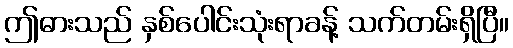
ဤဓားသည် နှစ်ပေါင်းသုံးရာခန့် သက်တမ်းရှိပြီ။